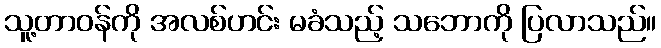
သူ့တာဝန်ကို အလစ်ဟင်း မခံသည့် သဘောကို ပြလာသည်။